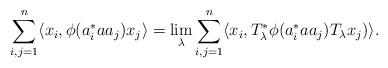
LaTeX: \begin{align*} \sum_{i,j=1}^n \langle x_i, \phi(a_i^\ast a a_j) x_j\rangle = \lim_\lambda \sum_{i,j=1}^n \langle x_i, T_\lambda^\ast \phi(a_i^\ast a a_j)T_\lambda x_j)\rangle.\end{align*}